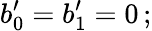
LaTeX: b_{0}^{\prime}=b_{1}^{\prime}=0\, ;